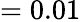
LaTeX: =0.01